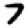
Digit: 7